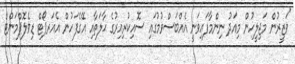
"ވަޒީރުން މަޖިލީހުން މިއަދު ނިންމާފައިވަނީ އެއްބަސްވުމުގައި ސޮއިކުރިއިރުގެ ޙާލަތާއި އޭގެފަހުން އެއަރޕޯޓް ޑިވެލޮޕްމަންޓް